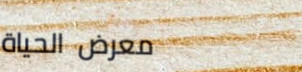
معرض الحياة